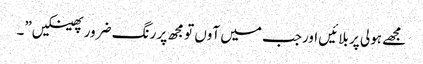
مجھے ہولی پر بلائیں اورجب میں آوں تو مجھ پر رنگ ضرور پھینکیں”۔